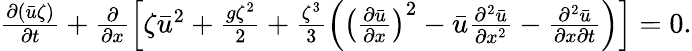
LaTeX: \begin{array}{r}{\frac{\partial(\bar{u}\zeta)}{\partial t}+\frac{\partial}{\partial x}\left[\zeta\bar{u}^{2}+\frac{g\zeta^{2}}{2}+\frac{\zeta^{3}}{3}\left(\left(\frac{\partial\bar{u}}{\partial x}\right)^{2}-\bar{u}\frac{\partial^{2}\bar{u}}{\partial x^{2}}-\frac{\partial^{2}\bar{u}}{\partial x\partial t}\right)\right]=0.}\end{array}